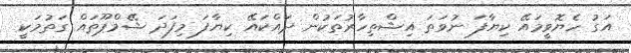
އަގު ހެޔޮވީމައޭ ކިޔާފަ ނުވަތަ އިޝްތިހާރުތަކުން ދައްކައޭ ކިޔާފަ މިފަދަ ޝޭމްޕޫތައް ގަތުމަކީ